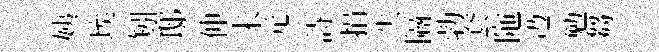
姨埃矧邸伸未元詩捐失隔勃套陁辸勉芻